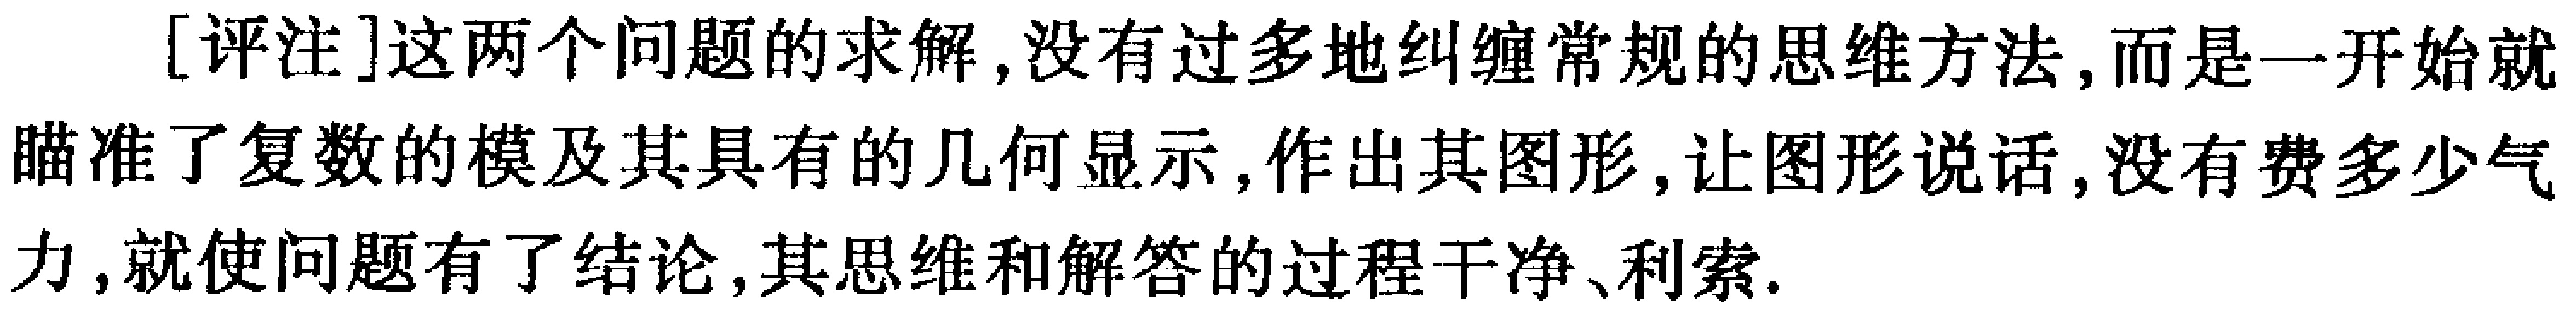
[评注]这两个问题的求解,没有过多地纠缠常规的思维方法,而是一开始就瞄准了复数的模及其具有的几何显示,作出其图形,让图形说话,没有费多少气力,就使问题有了结论,其思维和解答的过程干净、利索.